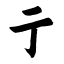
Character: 亍